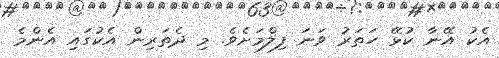
އެކު އޭނާ ކުޅޭ ހަތަރު ވަނަ ފިލްމަށެވެ. މި ދެތަރިން އެކުގައި އެންމެ